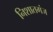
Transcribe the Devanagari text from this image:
निशातगंज